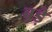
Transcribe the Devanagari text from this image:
ब़ड़े